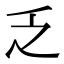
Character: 乏